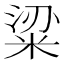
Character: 粱